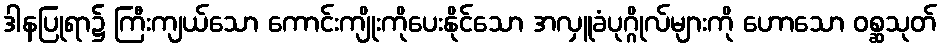
ဒါနပြုရာ၌ ကြီးကျယ်သော ကောင်းကျိုးကိုပေးနိုင်သော အလှူခံပုဂ္ဂိုလ်များကို ဟောသော ဝစ္ဆသုတ်